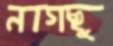
নাগছু